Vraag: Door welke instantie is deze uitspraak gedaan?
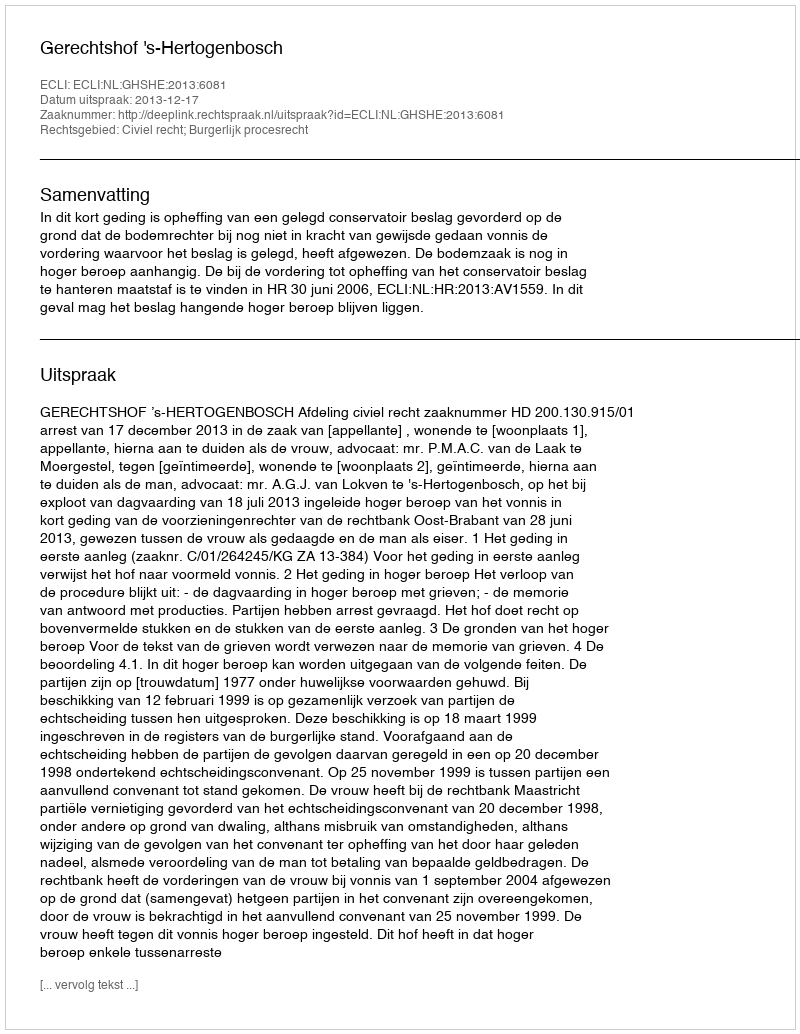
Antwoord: Gerechtshof 's-Hertogenbosch